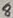
Text: 8